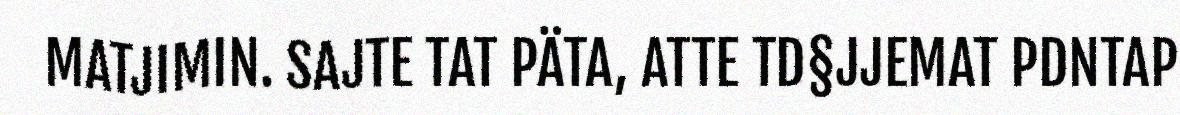
MATJIMIN. SAJTE TAT PÄTA, ATTE TD§JJEMAT PDNTAP